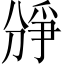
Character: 𪟐